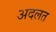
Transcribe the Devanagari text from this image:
अदलत